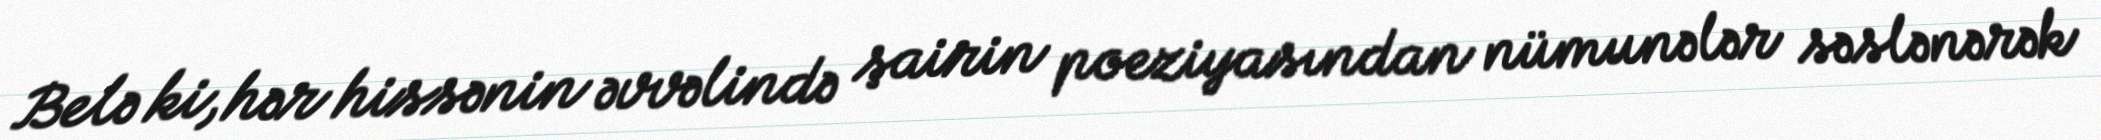
Belə ki, hər hissənin əvvəlində şairin poeziyasından nümunələr səslənərək